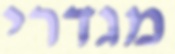
מגדרי